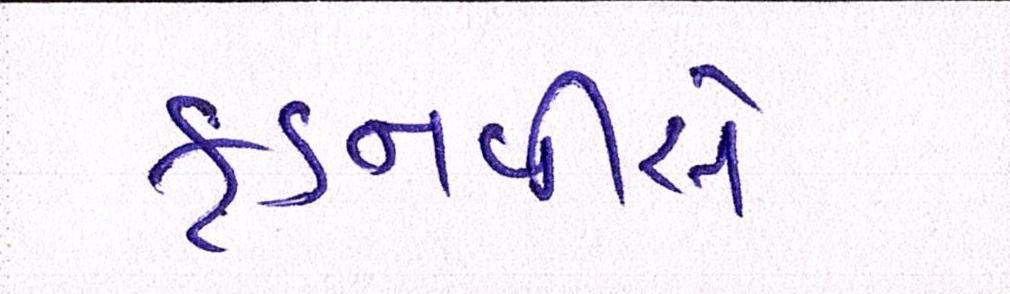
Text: ફડનવીસે